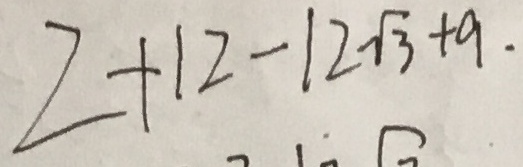
2 + 1 2 - 1 2 \sqrt { 3 } + 9 .